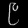
Digit: ၉